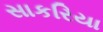
સાકરિયા